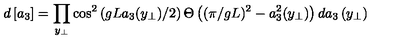
d \left[ a _ { 3 } \right] = \prod _ { y _ { \perp } } \cos ^ { 2 } \left( g L a _ { 3 } ( y _ { \perp } ) / 2 \right) \Theta \left( ( \pi / g L ) ^ { 2 } - a _ { 3 } ^ { 2 } ( y _ { \perp } ) \right) d a _ { 3 } \left( y _ { \perp } \right)